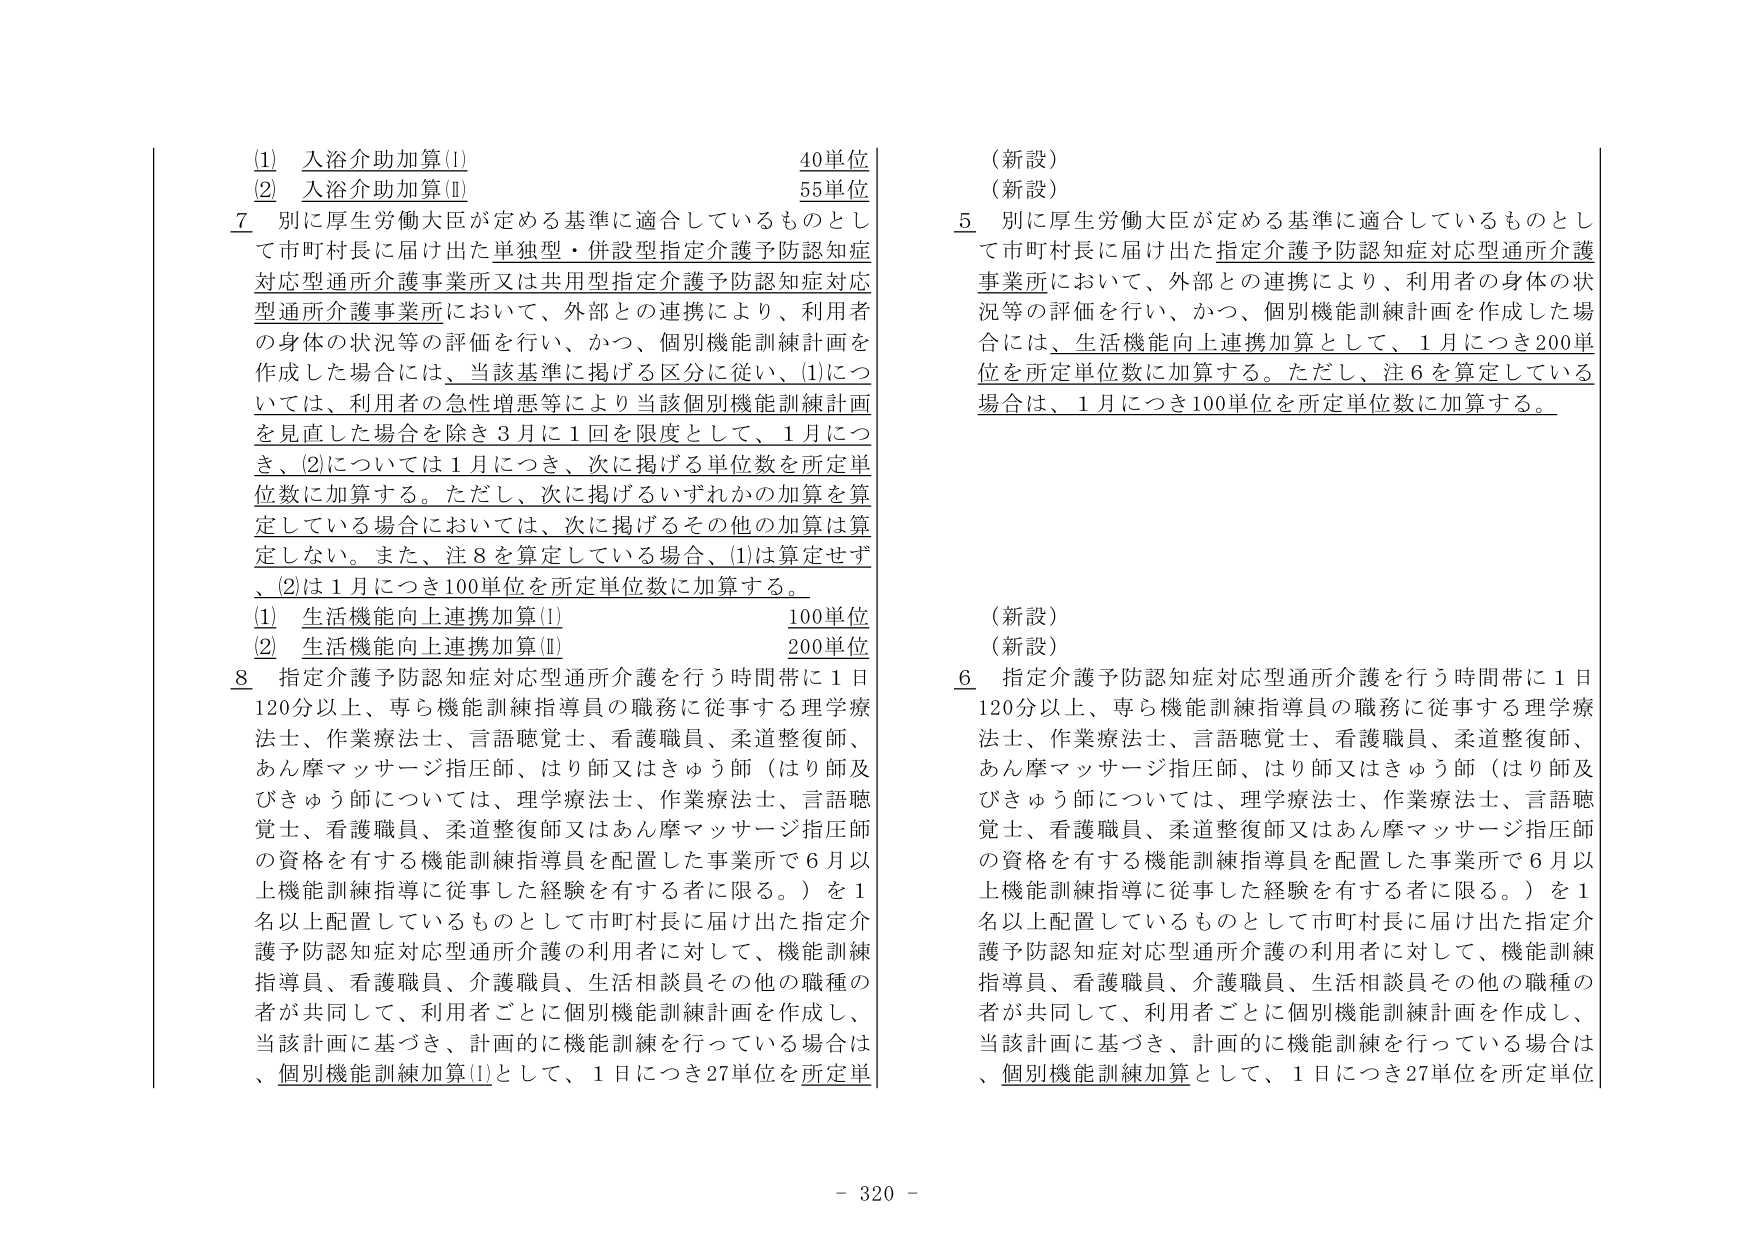
(1) 入浴介助加算(I) 40単位
(2) 入浴介助加算(II) 55単位

7 別に厚生労働大臣が定める基準に適合しているものとして市町村長に届け出た単独型・併設型指定介護予防認知症対応型通所介護事業所又は共用型指定介護予防認知症対応型通所介護事業所において、外部との連携により、利用者の身体の状況等の評価を行い、かつ、個別機能訓練計画を作成した場合には、当該基準に掲げる区分に従い、(1)については、利用者の急性増悪等により当該個別機能訓練計画を見直した場合を除き3月に1回を限度として、1月につき、(2)については1月につき、次に掲げる単位数を所定単位数に加算する。ただし、次に掲げるいずれかの加算を算定している場合においては、次に掲げるその他の加算は算定しない。また、注8を算定している場合、(1)は算定せず、(2)は1月につき100単位を所定単位数に加算する。

(1) 生活機能向上連携加算(I) 100単位
(2) 生活機能向上連携加算(II) 200単位

8 指定介護予防認知症対応型通所介護を行う時間帯に1日120分以上、専ら機能訓練指導員の職務に従事する理学療法士、作業療法士、言語聴覚士、看護職員、柔道整復師、あん摩マッサージ指圧師、はり師又はきゅう師（はり師及びきゅう師については、理学療法士、作業療法士、言語聴覚士、看護職員、柔道整復師又はあん摩マッサージ指圧師の資格を有する機能訓練指導員を配置した事業所で6月以上機能訓練指導に従事した経験を有する者に限る。）を1名以上配置しているものとして市町村長に届け出た指定介護予防認知症対応型通所介護の利用者に対して、機能訓練指導員、看護職員、介護職員、生活相談員その他の職種の者が共同して、利用者ごとに個別機能訓練計画を作成し、当該計画に基づき、計画的に機能訓練を行っている場合は、個別機能訓練加算(I)として、1日につき27単位を所定単

（新設）
（新設）

5 別に厚生労働大臣が定める基準に適合しているものとして市町村長に届け出た指定介護予防認知症対応型通所介護事業所において、外部との連携により、利用者の身体の状況等の評価を行い、かつ、個別機能訓練計画を作成した場合には、生活機能向上連携加算として、1月につき200単位を所定単位数に加算する。ただし、注6を算定している場合は、1月につき100単位を所定単位数に加算する。

（新設）
（新設）

6 指定介護予防認知症対応型通所介護を行う時間帯に1日120分以上、専ら機能訓練指導員の職務に従事する理学療法士、作業療法士、言語聴覚士、看護職員、柔道整復師、あん摩マッサージ指圧師、はり師又はきゅう師（はり師及びきゅう師については、理学療法士、作業療法士、言語聴覚士、看護職員、柔道整復師又はあん摩マッサージ指圧師の資格を有する機能訓練指導員を配置した事業所で6月以上機能訓練指導に従事した経験を有する者に限る。）を1名以上配置しているものとして市町村長に届け出た指定介護予防認知症対応型通所介護の利用者に対して、機能訓練指導員、看護職員、介護職員、生活相談員その他の職種の者が共同して、利用者ごとに個別機能訓練計画を作成し、当該計画に基づき、計画的に機能訓練を行っている場合は、個別機能訓練加算として、1日につき27単位を所定単位

- 320 -